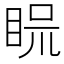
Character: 𥆰